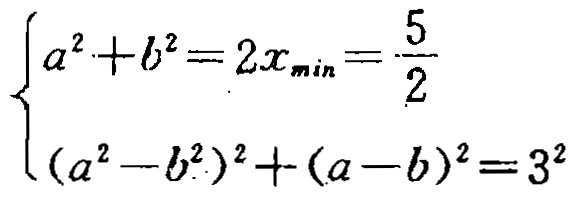
\[\begin{cases}

a^{2}+b^{2}=2x_{\min}=\frac{5}{2}\\

(a^{2}-b^{2})^{2}+(a - b)^{2}=3^{2}

\end{cases}\]